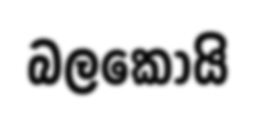
බලකොයි